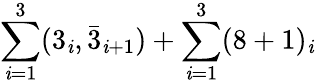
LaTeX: \sum_{\mathit{i}=1}^{3}(3_{\mathit{i}},\bar{{3}}_{\mathit{i}+1})+\sum_{\mathit{i}=1}^{3}(8+1)_{\mathit{i}}